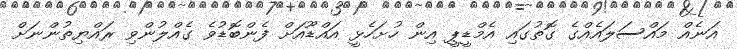
އަނެއް މައްސަލައެއްގެ ގޮތުގައި އެމްޑީޕީ އިން ހުށަހެޅީ އައްޑޫއަށް ފެންބޮޑުވެ ގެއްލުންވި ރައްޔިތުންނަށް